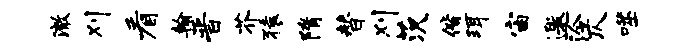
澈刈看翰晋芥猿隋替刈茨偕珥宙邀泠仄噬